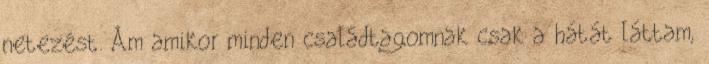
netezést. Ám amikor minden családtagomnak csak a hátát láttam,